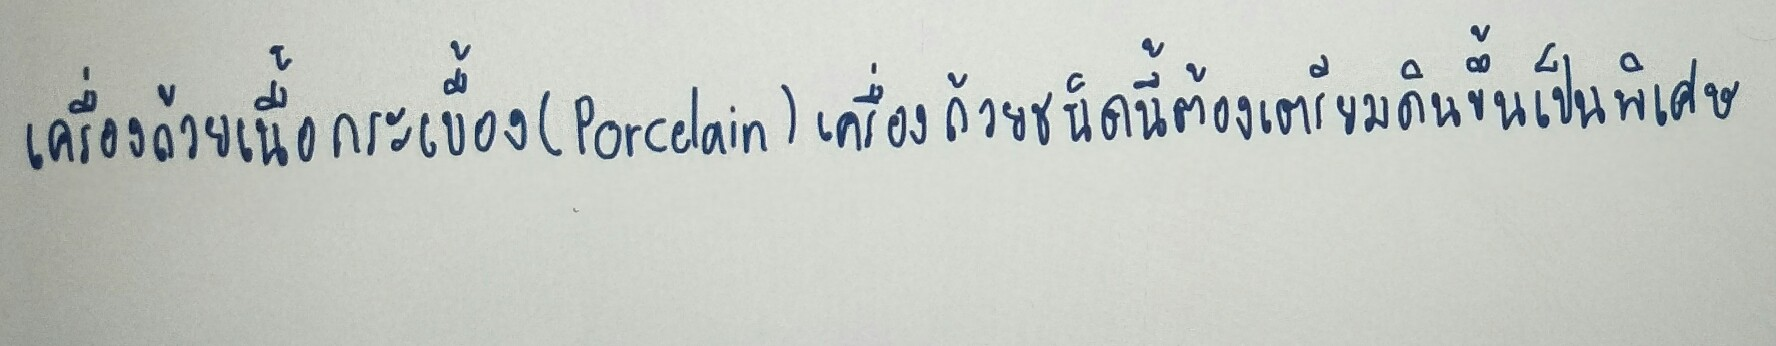
เครื่องถ้วยเนื้อกระเบื้อง(Porcelain)เครื่องถ้วยชนิดนี้ต้องเตรียมดินขึ้นเป็นพิเศษ